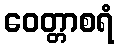
ဝေတ္တာစရံ